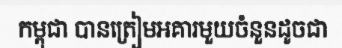
កម្ពុជា បានត្រៀមអគារមួយចំនួនដូចជា